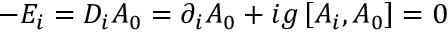
- E _ { i } = D _ { i } A _ { 0 } = \partial _ { i } A _ { 0 } + i g \left[ A _ { i } , A _ { 0 } \right] = 0